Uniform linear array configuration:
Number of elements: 32
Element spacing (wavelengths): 0.25
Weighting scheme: uniform
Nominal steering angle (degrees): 15
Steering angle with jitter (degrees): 16.924
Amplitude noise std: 0.05
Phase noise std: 0.05

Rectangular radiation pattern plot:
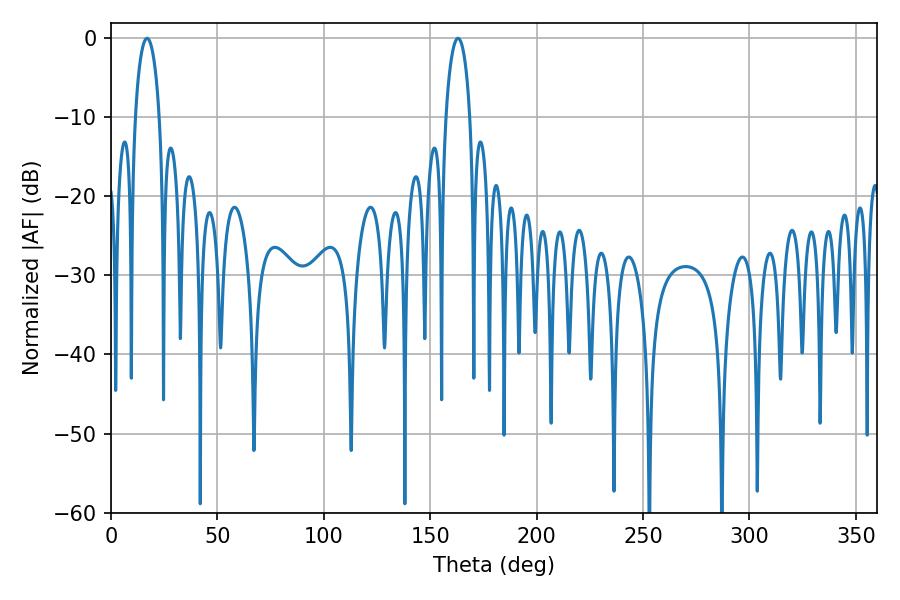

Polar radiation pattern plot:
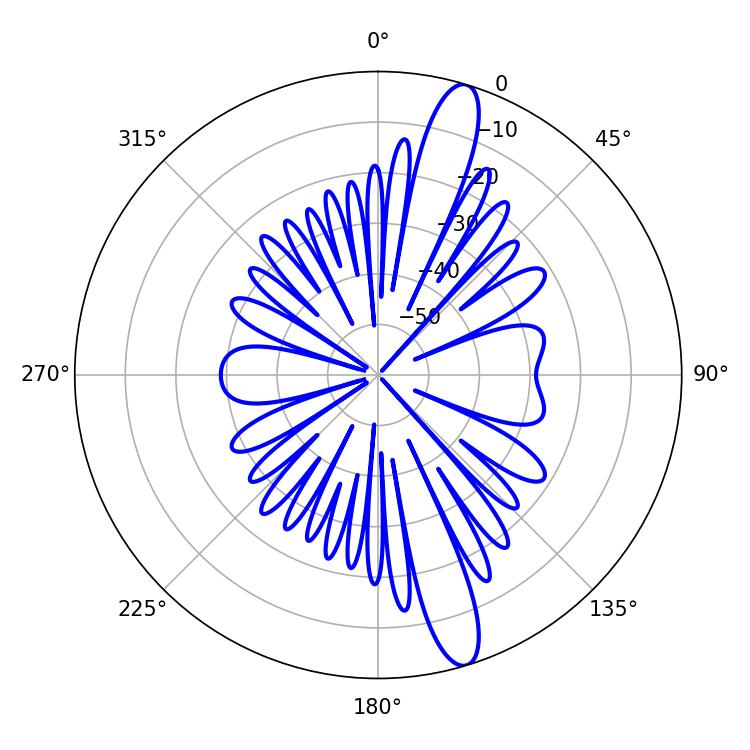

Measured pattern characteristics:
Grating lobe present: FALSE
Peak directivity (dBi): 14.228
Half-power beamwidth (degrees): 6.48
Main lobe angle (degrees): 16.92